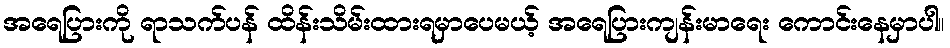
အရေပြားကို ရာသက်ပန် ထိန်းသိမ်းထားရမှာပေမယ့် အရေပြားကျန်းမာရေး ကောင်းနေမှာပါ။